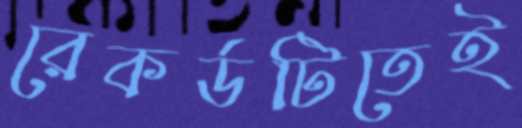
রেকর্ডটিতেই